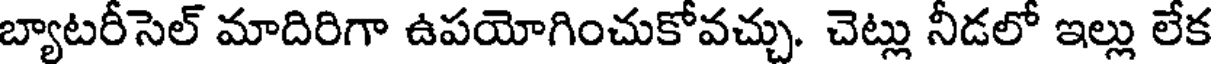
బ్యాటరీసెల్ మాదిరిగా ఉపయోగించుకోవచ్చు. చెట్లు నీడలో ఇల్లు లేక